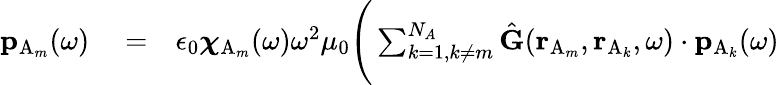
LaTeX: \begin{array}{rlr}{\mathbf{p}_{\mathrm{A}_{m}}(\omega)}&{{}=}&{\epsilon_{0}\boldsymbol{{\chi}}_{\mathrm{A}_{m}}(\omega)\omega^{2}\mu_{0}\Bigg(\sum_{k=1,k\neq m}^{N_{A}}\hat{\mathbf{G}}(\mathbf{r}_{\mathrm{A}_{m}},\mathbf{r}_{\mathrm{A}_{k}},\omega)\cdot\mathbf{p}_{\mathrm{A}_{k}}(\omega)}\end{array}